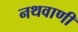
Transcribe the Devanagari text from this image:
नथवाणी